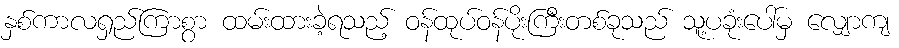
နှစ်ကာလရှည်ကြာစွာ ထမ်းထားခဲ့ရသည့် ဝန်ထုပ်ဝန်ပိုးကြီးတစ်ခုသည် သူ့ပခုံးပေါ်မှ လျှောကျ